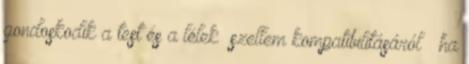
gondoskodik a test és a lélek szellem kompatibilitásáról – ha